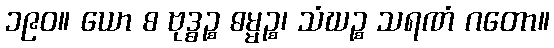
၁၉၀။ ယော စ ဗုဒ္ဓဉ္စ ဓမ္မဉ္စ၊ သံဃဉ္စ သရဏံ ဂတော။